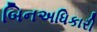
બિનઅધિકારી